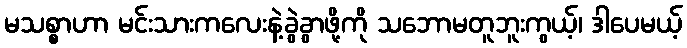
မသစ္စာဟာ မင်းသားကလေးနဲ့ခွဲခွာဖို့ကို သဘောမတူဘူးကွယ့်၊ ဒါပေမယ့်